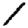
Digit: 1